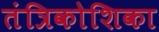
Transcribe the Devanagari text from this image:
तंत्रिकोशिका